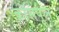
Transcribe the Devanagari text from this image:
क्रॉसपूल